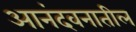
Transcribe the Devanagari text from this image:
आनंदवनातील